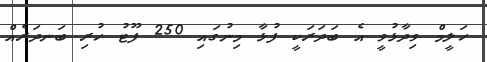
ހަލީމް ވިދާޅުވީ އެ ބަދަރަކީ ފުޅާ މިނުގައި 250 ފޫޓު ހުރި ބަނދަރެއް